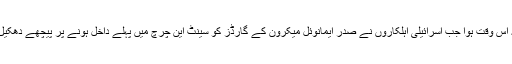
غیر ملکی خبر رساں ادارے کے مطابق تنازعہ اس وقت ہوا جب اسرائیلی اہلکاروں نے صدر ایمانوئل میکرون کے گارڈز کو سینٹ این چرچ میں پہلے داخل ہونے پر پیچھے دھکیل دیا جس پر فرانسیسی صدر غصے میں آگئے ۔